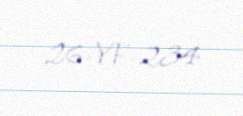
26-YF-234